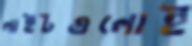
লাইটগুলোই